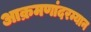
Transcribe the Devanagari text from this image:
आक्रमणांदरम्यान